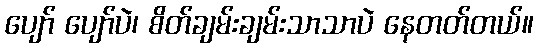
ပျော် ပျော်ပဲ၊ စိတ်ချမ်းချမ်းသာသာပဲ နေတတ်တယ်။